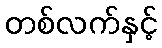
တစ်လက်နှင့်